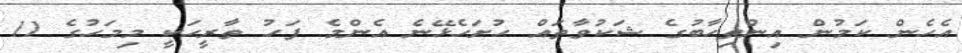
އެހެން ކަމުން އިންތިހާބުގެ ޝަކުވާތައް ހުށަހެޅޭނެ އެންމެ ފަހު ތާރީހަކީ މިމަހުގެ 11